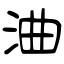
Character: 浀